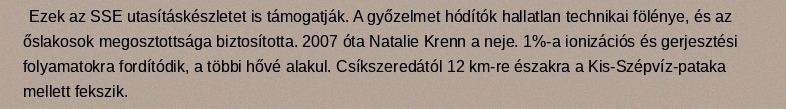
Ezek az SSE utasításkészletet is támogatják. A győzelmet hódítók hallatlan technikai fölénye, és az őslakosok megosztottsága biztosította. 2007 óta Natalie Krenn a neje. 1%-a ionizációs és gerjesztési folyamatokra fordítódik, a többi hővé alakul. Csíkszeredától 12 km-re északra a Kis-Szépvíz-pataka mellett fekszik.